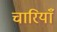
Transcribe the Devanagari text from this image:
चारियाँ